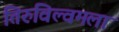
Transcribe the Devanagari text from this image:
तिरुविल्वमला